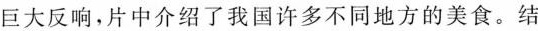
巨大反响，片中介绍了我国许多不同地方的美食。结